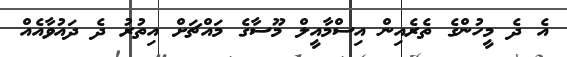
އެ ދެ މީހުންގެ ތެރެއިން އިސްމާއީލް މޫސާގެ މައްޗަށް އިތުރު ދެ ދައުވާއެއް